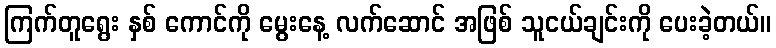
ကြက်တူရွေး နှစ် ကောင်ကို မွေးနေ့ လက်ဆောင် အဖြစ် သူငယ်ချင်းကို ပေးခဲ့တယ်။